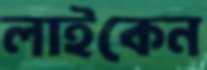
লাইকেন